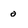
Character: o